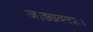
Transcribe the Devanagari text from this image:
जाड्यवक्त्रः।